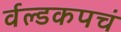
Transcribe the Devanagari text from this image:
र्वल्डकपचं